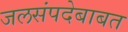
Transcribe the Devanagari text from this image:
जलसंपदेबाबत